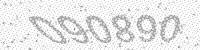
Solution: 090890